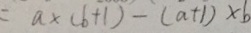
= a \times ( b + 1 ) - ( a + 1 ) \times b